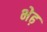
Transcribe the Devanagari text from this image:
भेढ़